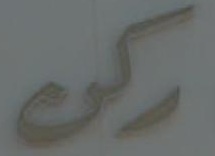
ركن